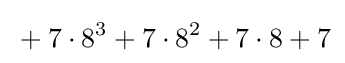
{}+7\cdot 8^{3}+7\cdot 8^{2}+7\cdot 8+7